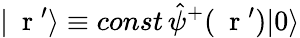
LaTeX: |\mathrm{~\mathbf~r~}^{\prime}\rangle\equiv const\, \hat{\psi}^{+}(\mathrm{~\mathbf~r~}^{\prime})|0\rangle